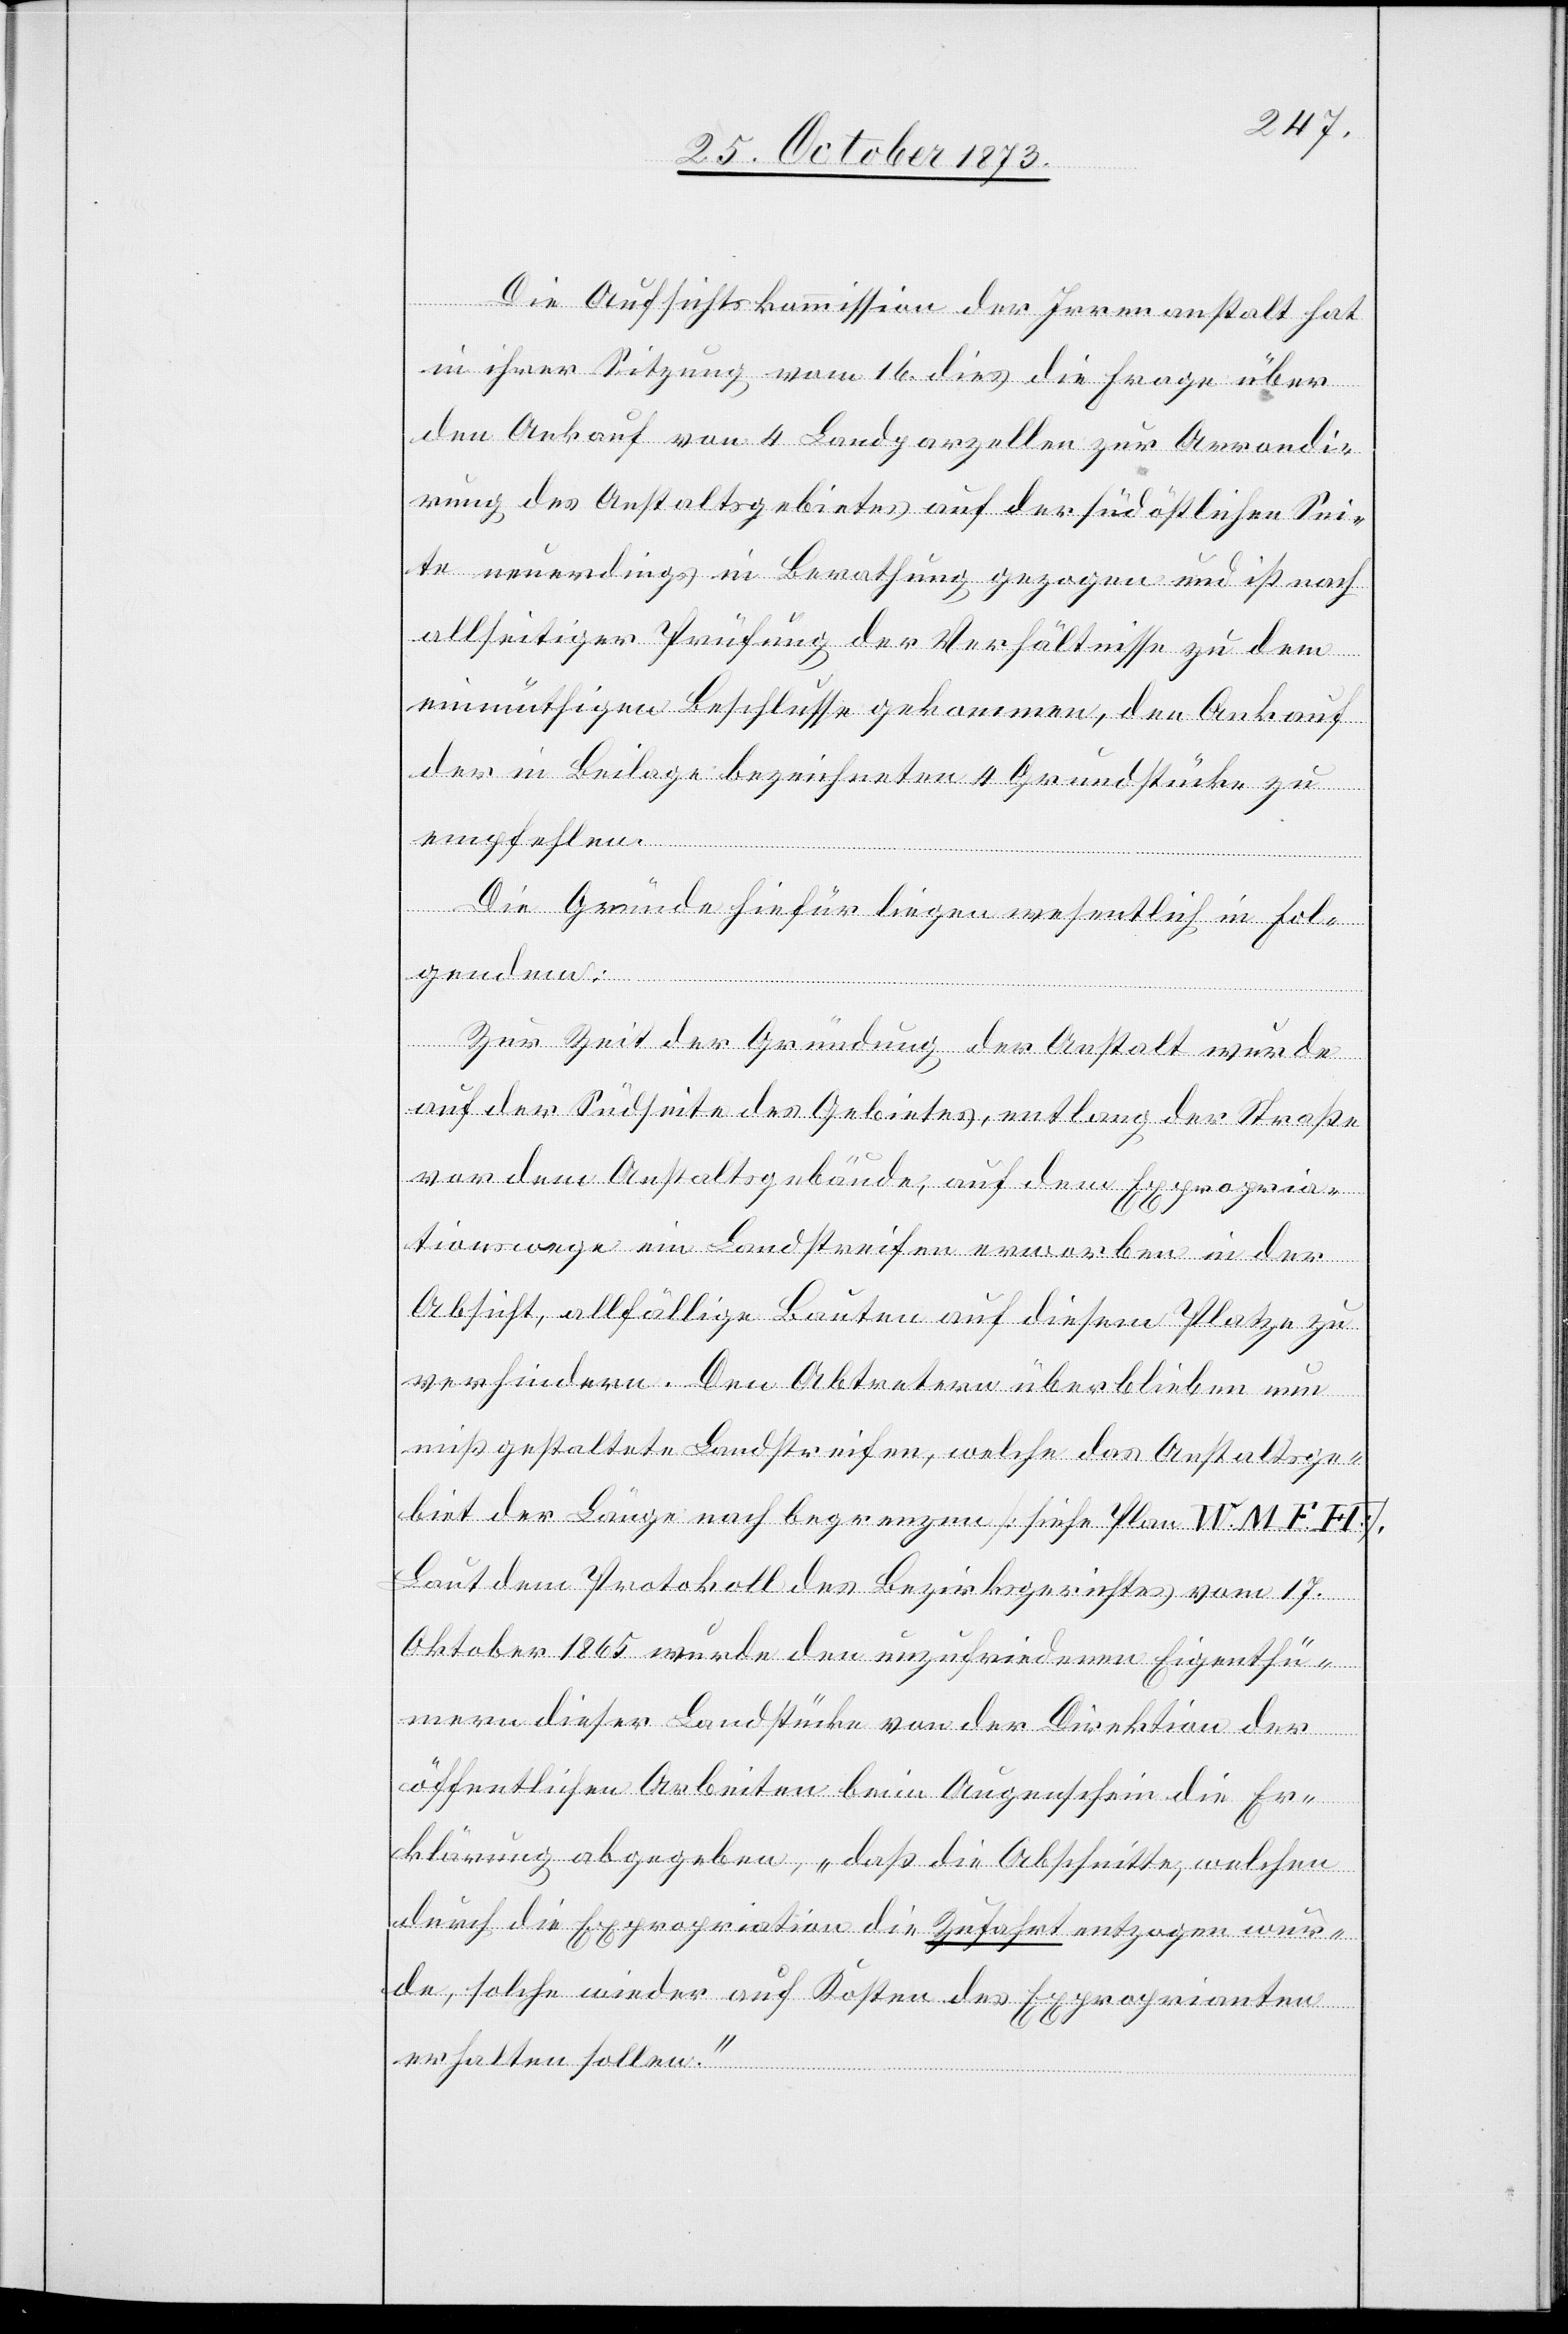
Die Aufsichtskommission der Irrenanstalt hat
in ihrer Sitzung vom 16. dies die Frage über
den Ankauf von 4 Landparzellen zur Arrondi¬
rung des Anstaltsgebietes auf der südöstlichen Sei¬
te neuerdings in Berathung gezogen und ist nach
allseitiger Prüfung der Verhältnisse zu dem
einmüthigen Beschlusse gekommen, den Ankauf
der in Beilage bezeichneten 4 Grundstücke zu
empfehlen.
Die Gründe hiefür liegen wesentlich in Fol¬
gendem:
Zur Zeit der Gründung der Anstalt wurde
auf der Südseite des Gebietes, entlang der Straße
vor dem Anstaltsgebäude, auf dem Expropria¬
tionswege ein Landstreifen erworben in der
Absicht, allfällige Bauten auf diesem Platze zu
verhindern. Den Abtretern überblieben nun
mißgestaltete Landstreifen, welche das Anstaltsge¬
biet der Länge nach begrenzen [siehe Plan W. M. F. H].
Laut dem Protokoll des Bezirksgerichtes vom 17.
Oktober 1865 wurde den unzufriedenen Eigenthü¬
mern dieser Landstücke von der Direktion der
öffentlichen Arbeiten beim Augenschein die Er¬
klärung abgegeben, „daß die Abschnitte, welchen
durch die Expropriation die Zufahrt entzogen wur¬
de, solche wieder auf Kosten des Exproprianten
erhalten sollen.“